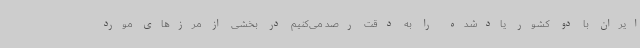
ایران با دو کشور یادشده را به دقت رصد می‌کنیم در بخشی از مرزهای مورد